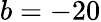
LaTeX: b=-20